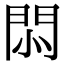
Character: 𢛩